Eesti_Peakonsulaat_New_Yorgis, lk 34
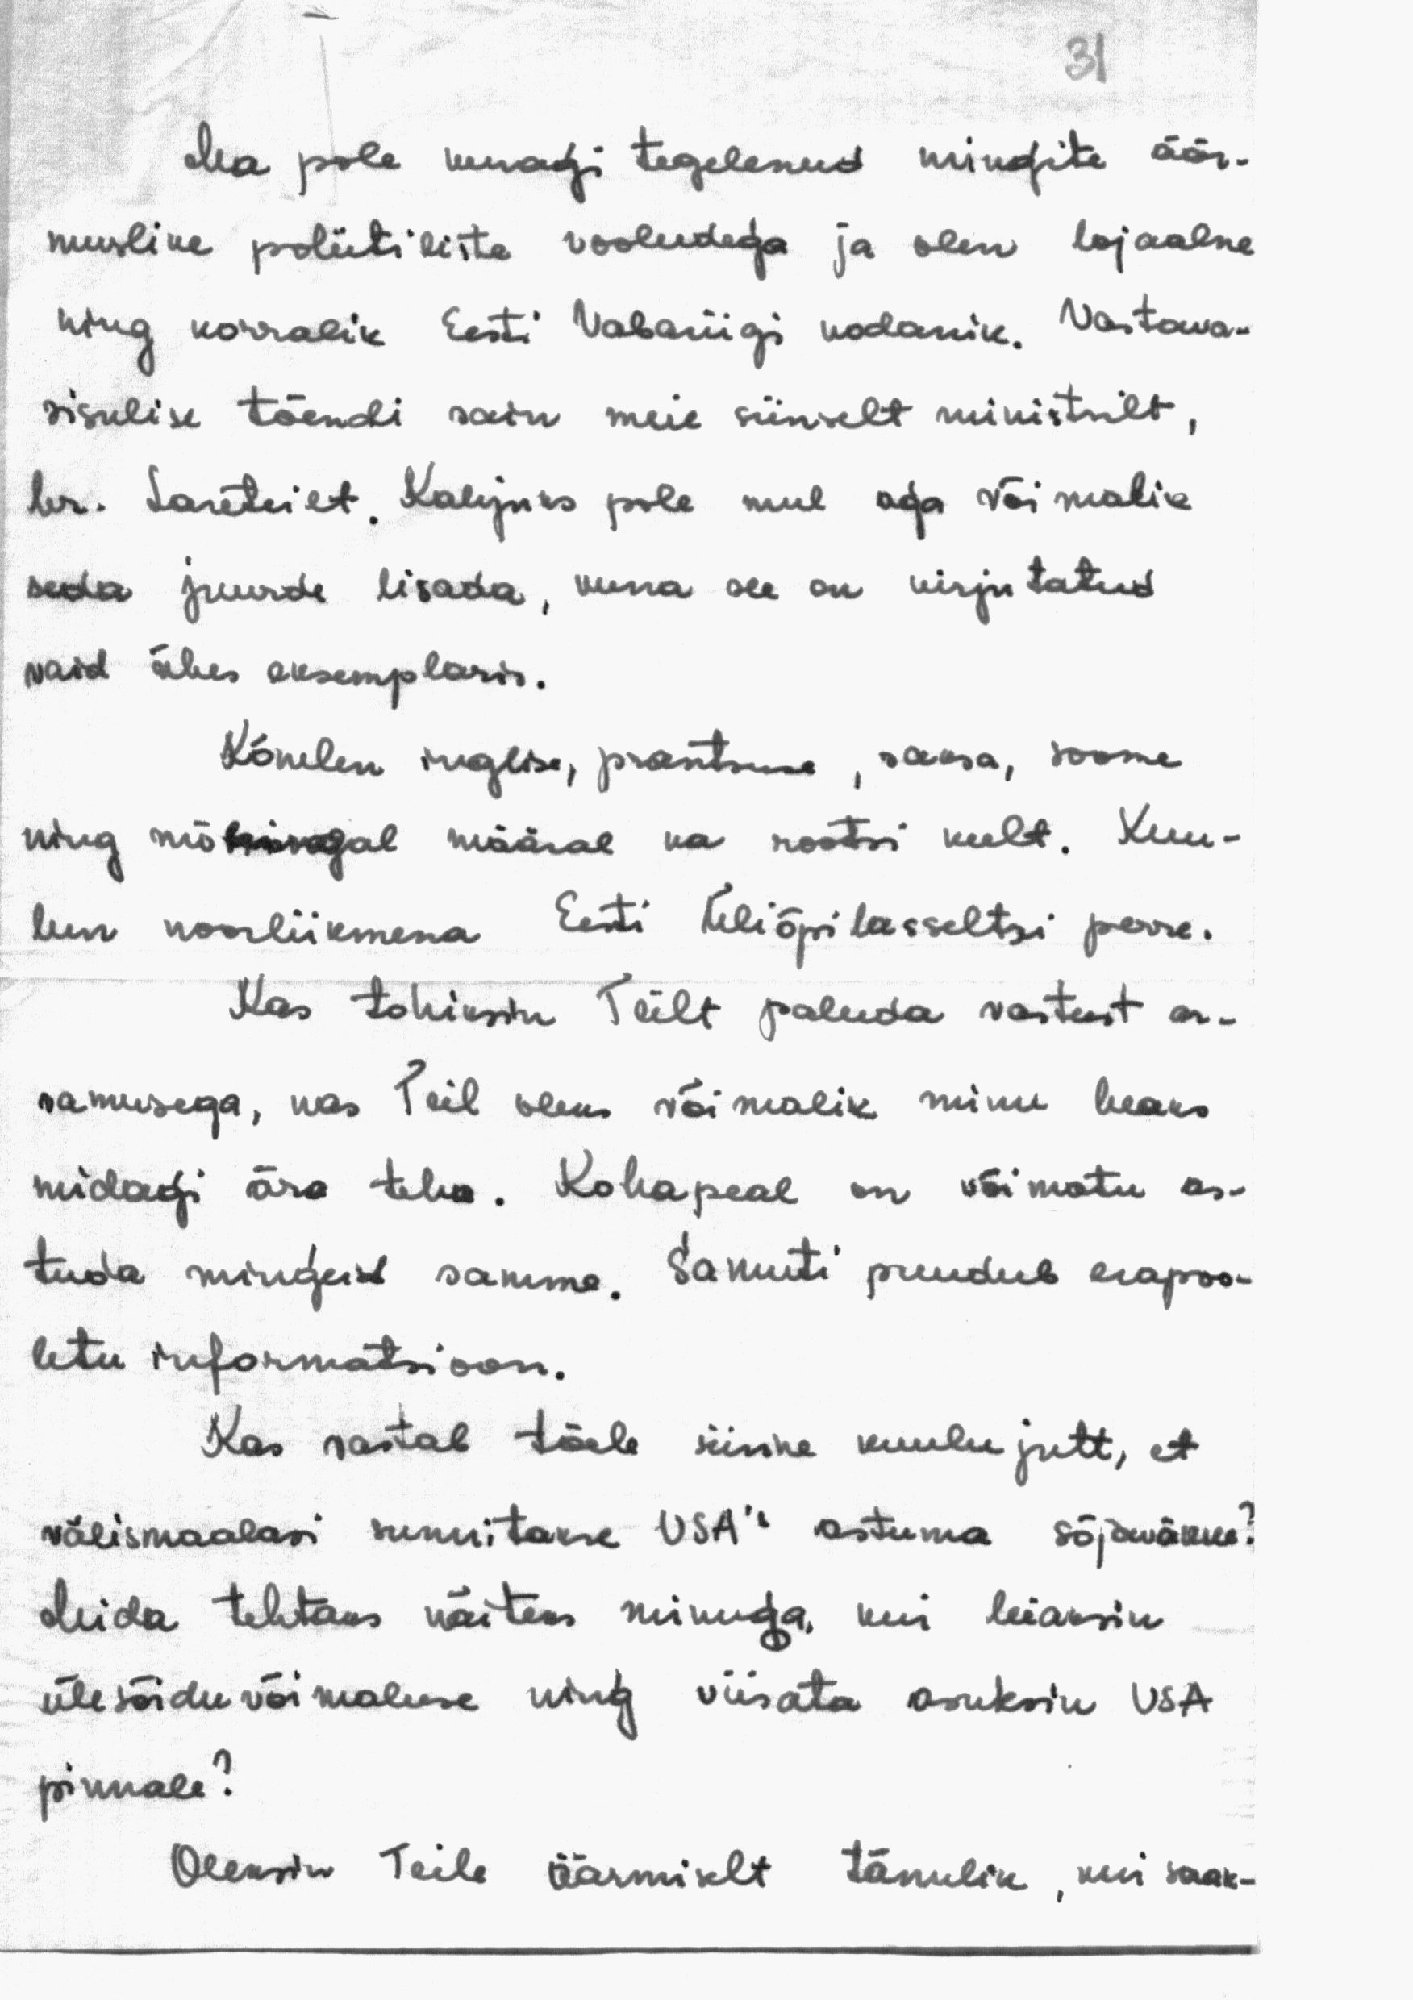
31

Ma pole kunagi tegelenud mingite äär-
muslike poliitiliste vooludega ja olen lojaalne
ning korralik Eesti Vabariigi kodanik. Vastava-
sisulise tõendi sain meie siinselt ministrilt,
hr. Lareteilt. Kahjuks pole mul aga võimalik
seda juurde lisada, kuna see on kirjutatud
vaid ühes eksemplaris.
Kõnelen inglise, prantsuse, saksa, soome
ning mõningal määral ka rootsi keelt. Kuu-
lun noorliikmena Eesti Üliõpilasseltsi perre.
Kas tohiksin Teilt paluda vastust ar-
vamusega, kas Teil oleks võimalik minu heaks
midagi ära teha. Kohapeal on võimatu as-
tuda mingeid samme. Samuti puudub erapoo-
letu informatsioon.
Kas vastab tõele siinne kuulujutt, et
välismaalasi sunnitakse USA's astuma sõjaväkke?
Mida tehtaks näiteks minuga, kui leiaksin
ülesõiduvõimaluse ning viisata asuksin USA
pinnale?
Oleksin Teile äärmiselt tänulik, kui saak-